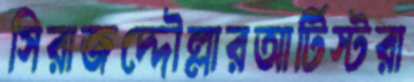
সিরাজদ্দৌল্লারআর্টিস্টরা